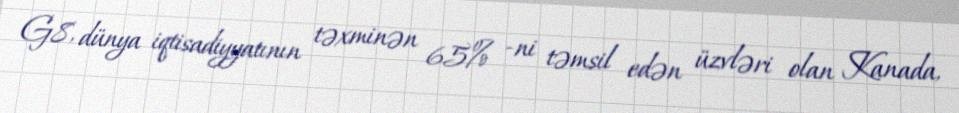
G8, dünya iqtisadiyyatının təxminən 65% -ni təmsil edən üzvləri olan Kanada,